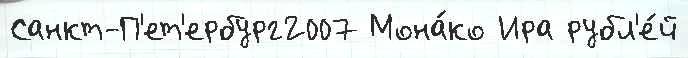
Санкт-П'ет'ербург2007 Мона́ко Ира рубл'е́й